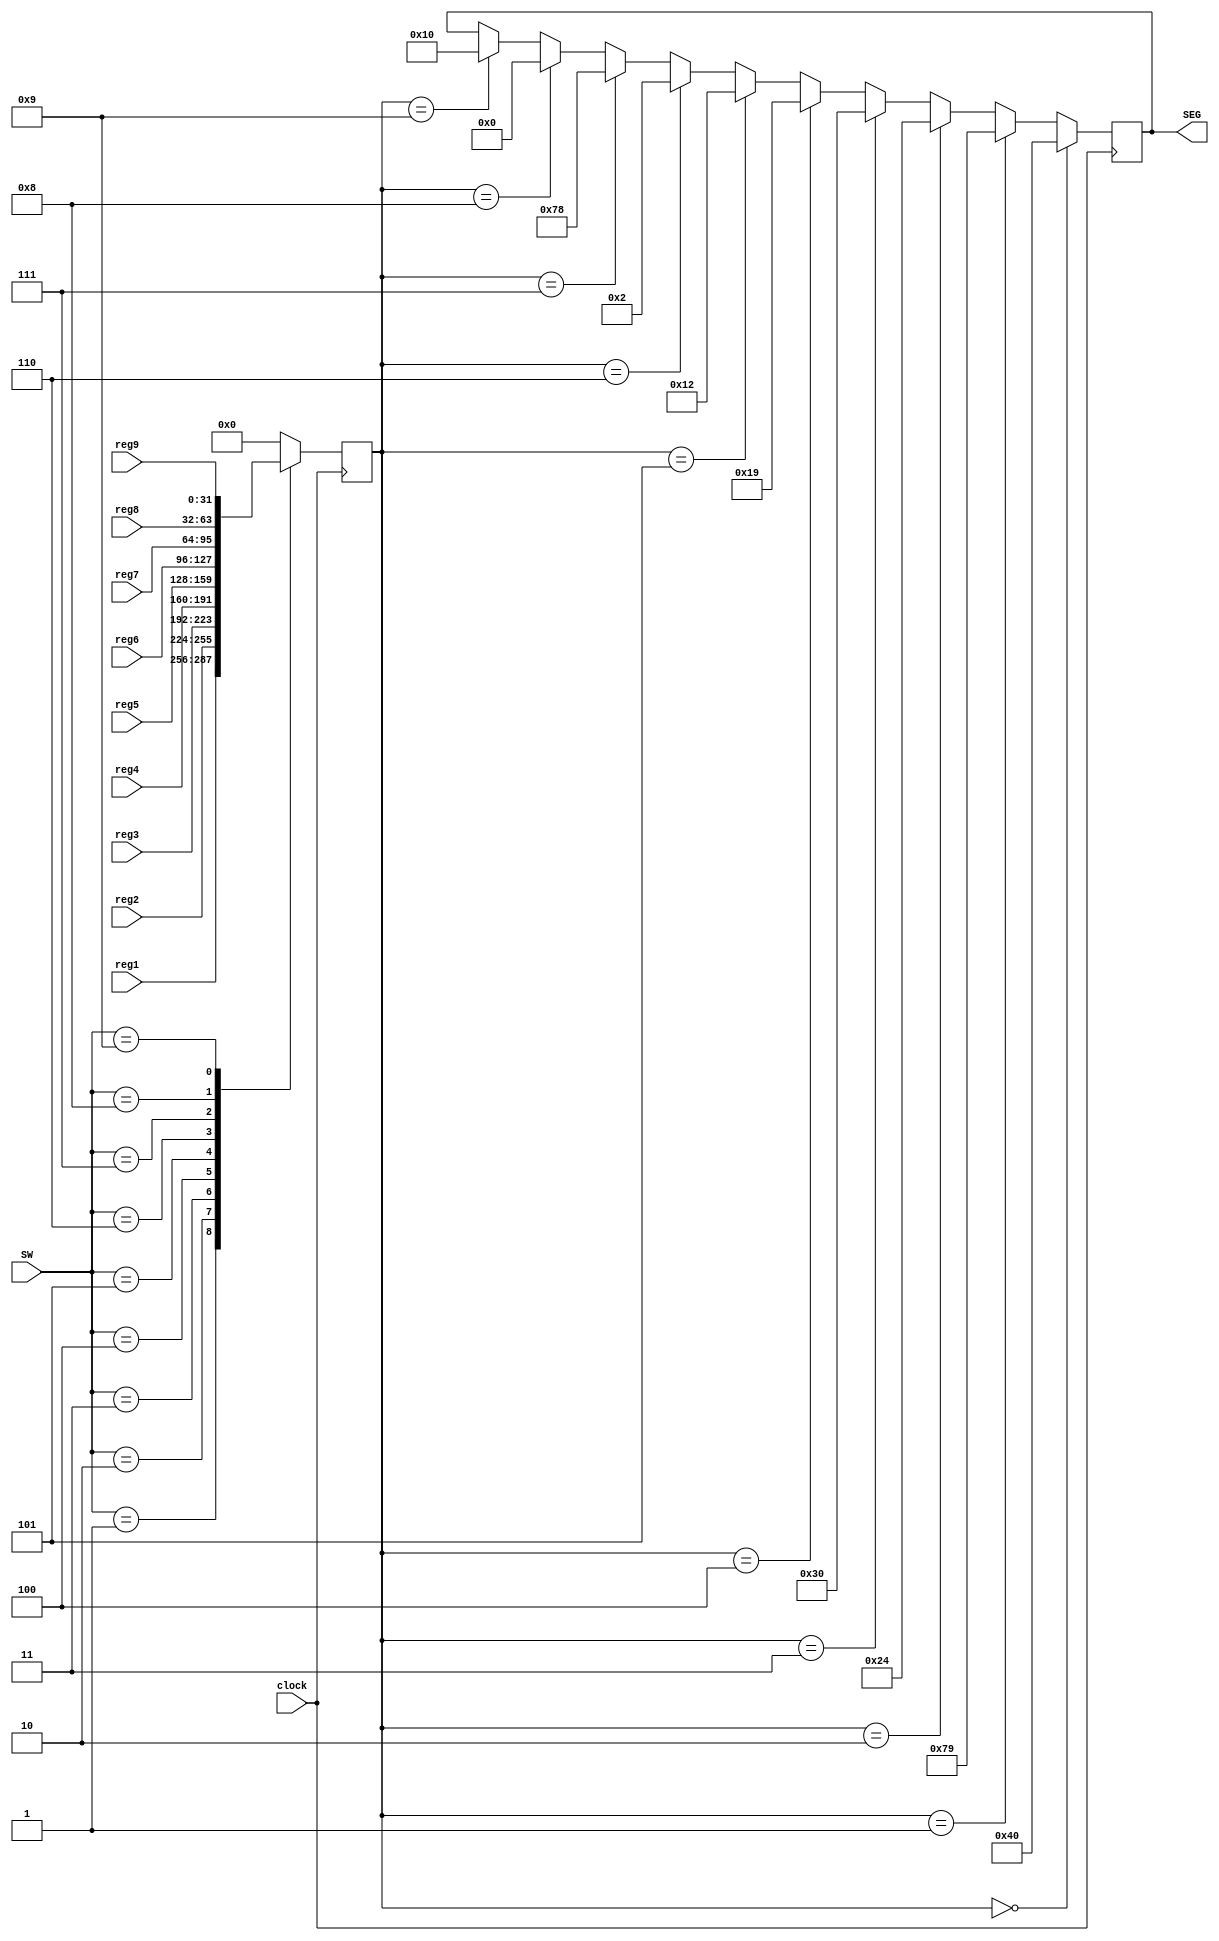
module segmentDisplay(
    output reg[6:0] SEG, 
    input [31:0] reg1, reg2, reg3, reg4, reg5, reg6, reg7, reg8, reg9,
    input [3:0] SW,
    input clock);

    reg [31:0] currentRegData;

    // assign currentRegData = SW == 4'b0001 ? reg1 :
    //                         SW == 4'b0010 ? reg2 :
    //                         SW == 4'b0011 ? reg3 :
    //                         SW == 4'b0100 ? reg4 :
    //                         SW == 4'b0101 ? reg5 :
    //                         SW == 4'b0110 ? reg6 :
    //                         SW == 4'b0111 ? reg7 :
    //                         SW == 4'b1000 ? reg8 :
    //                         SW == 4'b1001 ? reg9 :
    //                         32'd0;

    parameter SEGMENT0 = 7'b1000000;
    parameter SEGMENT1 = 7'b1111001;
    parameter SEGMENT2 = 7'b0100100;
    parameter SEGMENT3 = 7'b0110000;
    parameter SEGMENT4 = 7'b0011001;
    parameter SEGMENT5 = 7'b0010010;
    parameter SEGMENT6 = 7'b0000010;
    parameter SEGMENT7 = 7'b1111000;
    parameter SEGMENT8 = 7'b0000000;
    parameter SEGMENT9 = 7'b0010000;
    parameter SEGMENTBROKEN = 7'b1110111;

    // always @(posedge clock) begin
    //     case (reg2[3:0])
    //         4'd0: SEG = SEGMENT0;
    //         4'd1: SEG = SEGMENT1;
    //         4'd2: SEG = SEGMENT2;
    //         4'd3: SEG = SEGMENT3;
    //         4'd4: SEG = SEGMENT4;
    //         4'd5: SEG = SEGMENT5;
    //         4'd6: SEG = SEGMENT6;
    //         4'd7: SEG = SEGMENT7;
    //         4'd8: SEG = SEGMENT8;
    //         4'd9: SEG = SEGMENT9;
    //         default: SEG = SEGMENTBROKEN;
    //     endcase
    // end

    always @(posedge clock) begin
        case (SW)
            4'd1: currentRegData <= reg1;
            4'd2: currentRegData <= reg2;
            4'd3: currentRegData <= reg3;
            4'd4: currentRegData <= reg4;
            4'd5: currentRegData <= reg5;
            4'd6: currentRegData <= reg6;
            4'd7: currentRegData <= reg7;
            4'd8: currentRegData <= reg8;
            4'd9: currentRegData <= reg9;
            default: currentRegData <= 32'd0;
        endcase
        if(currentRegData == 32'd0) begin
            SEG <= SEGMENT0;
        end else if(currentRegData == 32'd1) begin
            SEG <= SEGMENT1;
        end else if(currentRegData == 32'd2) begin
            SEG <= SEGMENT2;
        end else if(currentRegData == 32'd3) begin
            SEG <= SEGMENT3;
        end else if(currentRegData == 32'd4) begin
            SEG <= SEGMENT4;
        end else if(currentRegData == 32'd5) begin
            SEG <= SEGMENT5;
        end else if(currentRegData == 32'd6) begin
            SEG <= SEGMENT6;
        end else if(currentRegData == 32'd7) begin
            SEG <= SEGMENT7;
        end else if(currentRegData == 32'd8) begin
            SEG <= SEGMENT8;
        end else if(currentRegData == 32'd9) begin
            SEG <= SEGMENT9;
        end
    end

    // assign SEG = currentRegData == 32'd0 ? SEGMENT[0] :
    //              currentRegData == 32'd1 ? SEGMENT[1] :
    //              currentRegData == 32'd2 ? SEGMENT[2] :
    //              currentRegData == 32'd3 ? SEGMENT[3] :
    //              currentRegData == 32'd4 ? SEGMENT[4] :
    //              currentRegData == 32'd5 ? SEGMENT[5] :
    //              currentRegData == 32'd6 ? SEGMENT[6] :
    //              currentRegData == 32'd7 ? SEGMENT[7] :
    //              currentRegData == 32'd8 ? SEGMENT[8] :
    //              currentRegData == 32'd9 ? SEGMENT[9] :
    //              7'b0000000;

    // assign SEG = SW == 4'b0001 ? SEGMENT[1] :
    //              SW == 4'b0010 ? SEGMENT[2] :
    //                 SW == 4'b0011 ? SEGMENT[3] :
    //                 SW == 4'b0100 ? SEGMENT[4] :
    //                 SW == 4'b0101 ? SEGMENT[5] :
    //                 SW == 4'b0110 ? SEGMENT[6] :
    //                 SW == 4'b0111 ? SEGMENT[7] :
    //                 SW == 4'b1000 ? SEGMENT[8] :
    //                 SW == 4'b1001 ? SEGMENT[9] :
    //                 SEGMENT[0];

endmodule